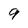
Character: 9